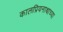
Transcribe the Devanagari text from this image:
कालप्रियनाथाच्या